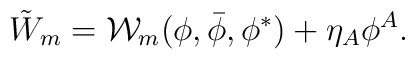
\tilde{W}_m={\cal W}_m(\phi,\bar\phi,\phi^*)+\eta_A\phi^A.